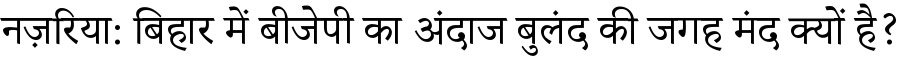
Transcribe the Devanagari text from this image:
नज़रिया: बिहार में बीजेपी का अंदाज बुलंद की जगह मंद क्यों है?